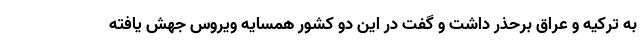
به ترکیه و عراق برحذر داشت و گفت در این دو کشور همسایه ویروس جهش یافته